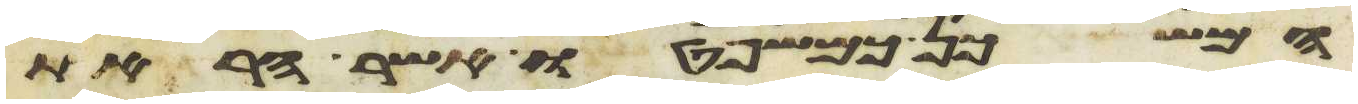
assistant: המשכן כמשפטו אשר הראת